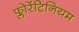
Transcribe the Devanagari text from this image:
फ्लोरेंटिनियम